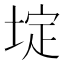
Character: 埞